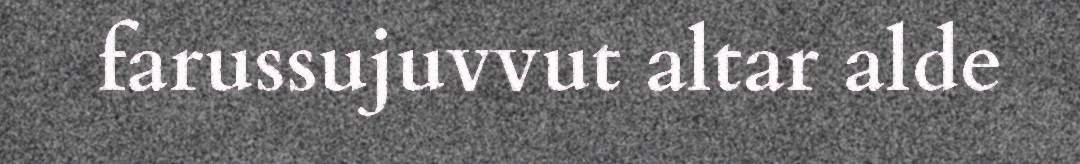
farussujuvvut altar alde